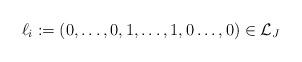
LaTeX: \begin{align*} \ell_i:=(0,\dots,0,1,\dots,1,0\dots,0) \in \mathcal L_J\end{align*}